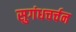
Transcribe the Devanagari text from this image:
सुगंधचर्चन